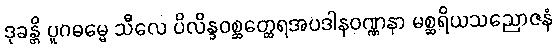
ဒုခန္တိ ပူဂဓမ္မေ သီလေ ပိလိန္ဒဝစ္ဆတ္ထေရအပဒါနဝဏ္ဏနာ မစ္ဆရိယသညောဇနံ